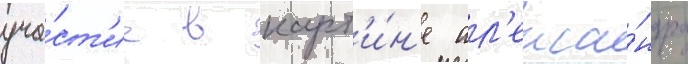
уча́ст'ие в карт'и́н'е ал'екса́ндра